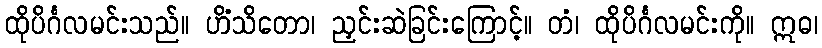
ထိုပိင်္ဂလမင်းသည်။ ဟိံသိတော၊ ညှင်းဆဲခြင်းကြောင့်။ တံ၊ ထိုပိင်္ဂလမင်းကို။ ဣဓ၊